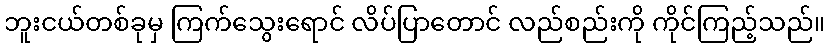
ဘူးငယ်တစ်ခုမှ ကြက်သွေးရောင် လိပ်ပြာတောင် လည်စည်းကို ကိုင်ကြည့်သည်။